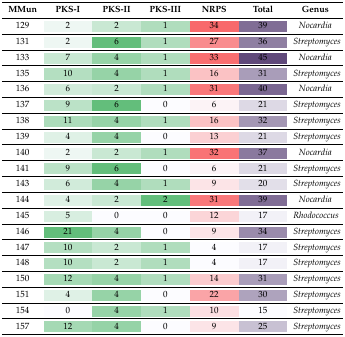
| MMun | PKS-I | PKS-II | PKS-III | NRPS | Total | Genus |
 | --- | --- | --- | --- | --- | --- | --- |
 | 129 | 2 | 2 | 1 | 34 | 39 | Nocardia |
 | 131 | 2 | 6 | 1 | 27 | 36 | Streptomyces |
 | 133 | 7 | 4 | 1 | 33 | 45 | Nocardia |
 | 135 | 10 | 4 | 1 | 16 | 31 | Streptomyces |
 | 136 | 6 | 2 | 1 | 31 | 40 | Nocardia |
 | 137 | 9 | 6 | 0 | 6 | 21 | Streptomyces |
 | 138 | 11 | 4 | 1 | 16 | 32 | Streptomyces |
 | 139 | 4 | 4 | 0 | 13 | 21 | Streptomyces |
 | 140 | 2 | 2 | 1 | 32 | 37 | Nocardia |
 | 141 | 9 | 6 | 0 | 6 | 21 | Streptomyces |
 | 143 | 6 | 4 | 1 | 9 | 20 | Streptomyces |
 | 144 | 4 | 2 | 2 | 31 | 39 | Nocardia |
 | 145 | 5 | 0 | 0 | 12 | 17 | Rhodococcus |
 | 146 | 21 | 4 | 0 | 9 | 34 | Streptomyces |
 | 147 | 10 | 2 | 1 | 4 | 17 | Streptomyces |
 | 148 | 10 | 2 | 1 | 4 | 17 | Streptomyces |
 | 150 | 12 | 4 | 1 | 14 | 31 | Streptomyces |
 | 151 | 4 | 4 | 0 | 22 | 30 | Streptomyces |
 | 154 | 0 | 4 | 1 | 10 | 15 | Streptomyces |
 | 157 | 12 | 4 | 0 | 9 | 25 | Streptomyces |